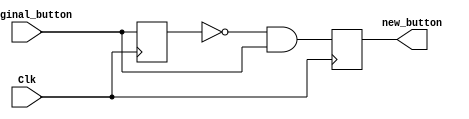
`timescale 1ns / 1ps

module Button_Signal(Clk,original_button,new_button);
    input Clk;
    input original_button;
    output reg new_button;

	reg button_temp;

	initial begin
		button_temp <= 0;
	end

	always @(posedge Clk) begin
		button_temp <= original_button;
		new_button <= (~button_temp) & original_button;
	end

endmodule